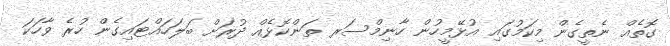
ގޮތެއް ނެތީގެން މިކަމުގައި އުޅޭމީހުން ހާނިމްސަރ ތަންކޮޅެއް ދުރަށް ބަލަހައްޓައިގެން ހުރެ ވާހަކަ